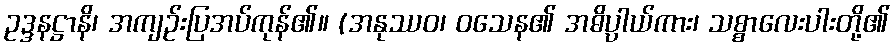
ဥဒ္ဒနဋ္ဌာနိ၊ အကျဉ်းပြအပ်ကုန်၏။ (အနုဿဝ၊ ဝသေန၏ အဓိပ္ပါယ်ကား၊ သစ္စာလေးပါးတို့၏